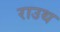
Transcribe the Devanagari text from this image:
राउथ